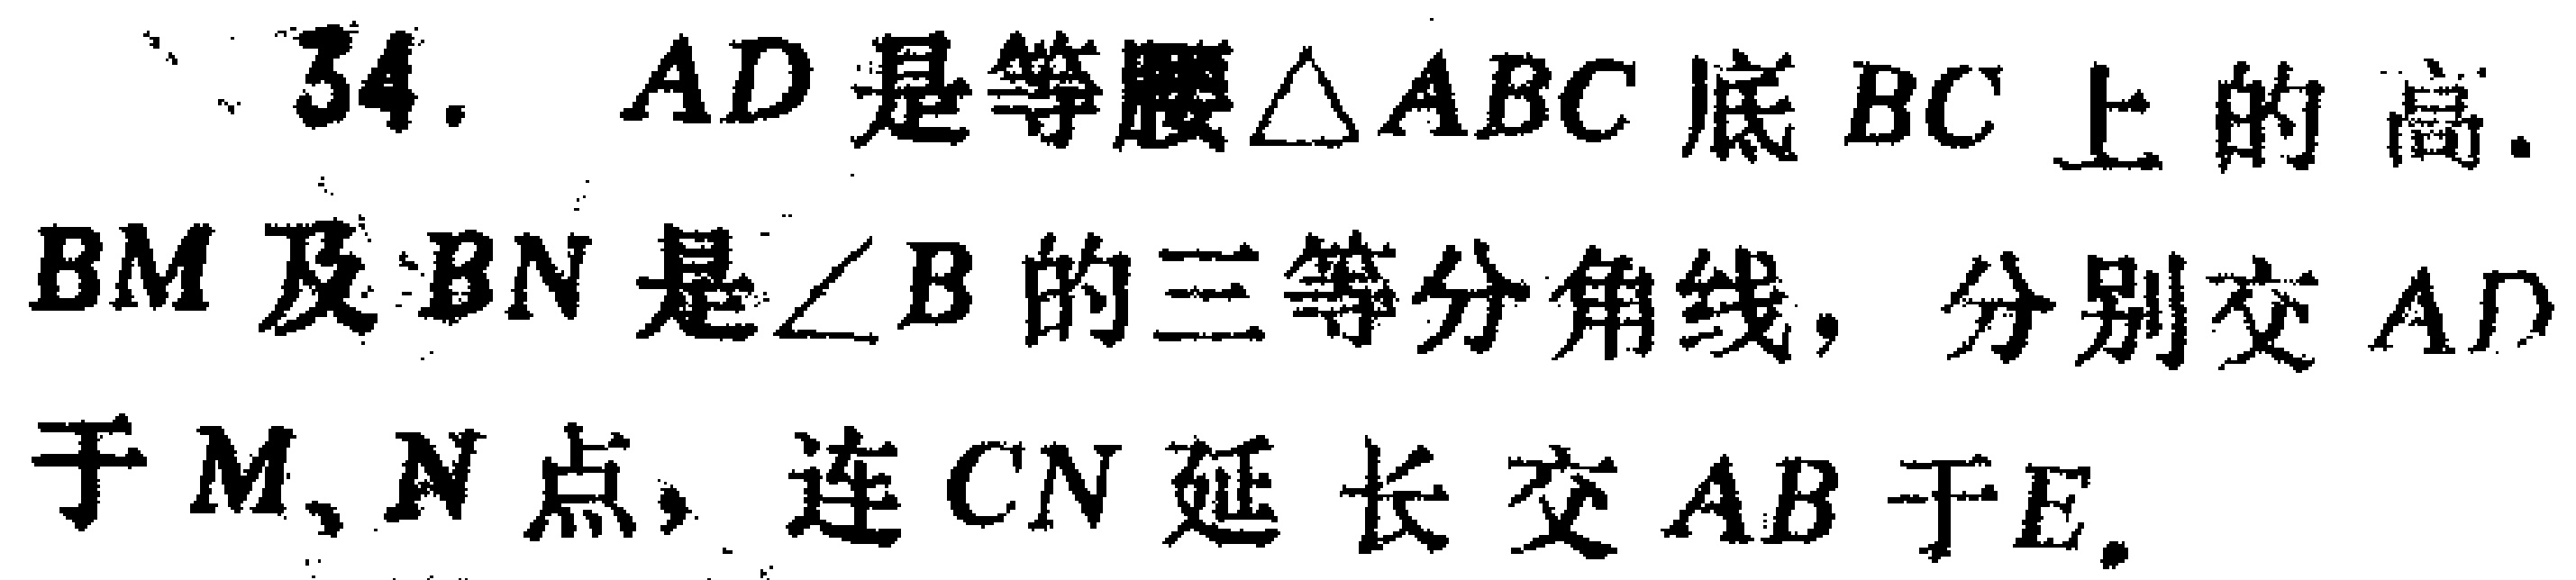
34. $AD$是等腰$\triangle ABC$底$BC$上的高. $BM$及$BN$是$\angle B$的三等分角线，分别交$AD$于$M,N$点，连$CN$延长交$AB$于$E$.